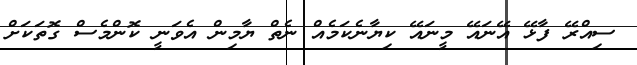
ސިއްރޭ ފާޅޭ އޭނައޭ މީނައޭ ކިޔާނެކަމެއް ނެތް ޔާމިން އެވަނީ ކޮންމެސް ގޮތަކަށް